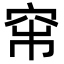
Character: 𥥏